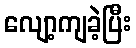
လျော့ကျခဲ့ပြီး